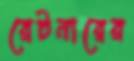
রেটনারের